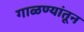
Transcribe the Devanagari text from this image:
गाळण्यांतून